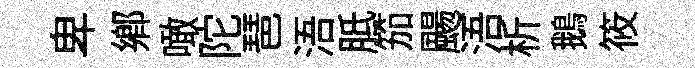
卑鄕噉陀琶浯胝笳颺浯析鵝筱